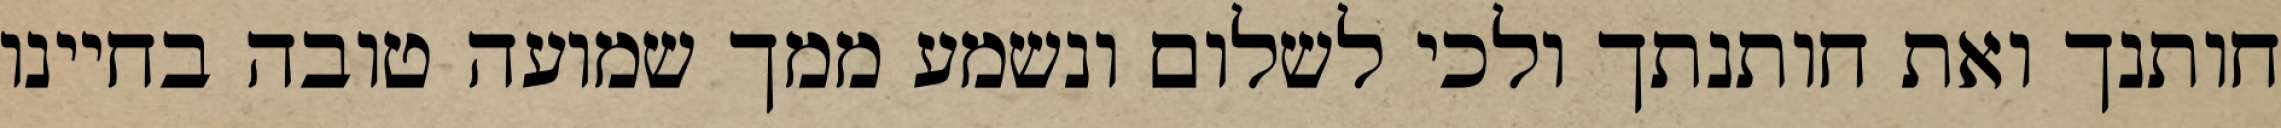
חותנך ואת חותנתך ולכי לשלום ונשמע ממך שמועה טובה בחיינו